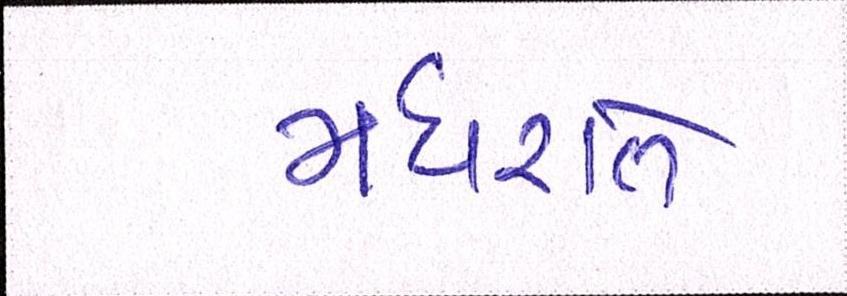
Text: મધરાતે